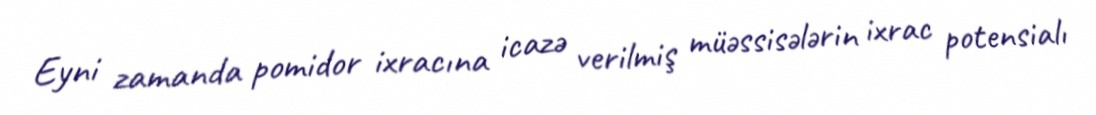
Eyni zamanda pomidor ixracına icazə verilmiş müəssisələrin ixrac potensialı